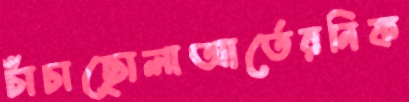
চাঁচাছোলাআর্তেরনিক